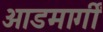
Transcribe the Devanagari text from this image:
आडमार्गीं